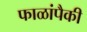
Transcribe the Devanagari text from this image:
फाळांपैकी